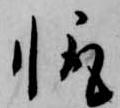
輙